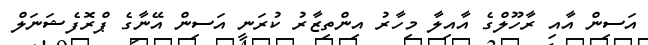
އަސިން އާއި ރާހޫލްގެ އާއިލާ މިހާރު އިންތިޒާރު ކުރަނީ އަސިން އޭނާގެ ޕްރޮފެޝަނަލް